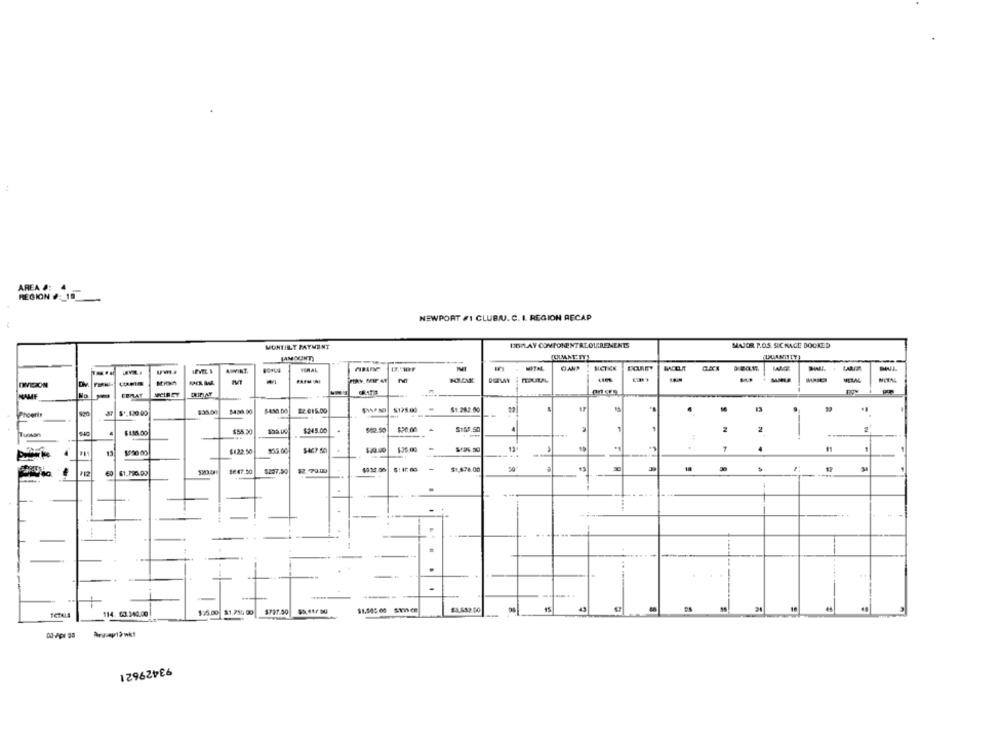
AREA &: 4
REGION #: 10
NEWPORT #1 CLUB/U. C. I. REGION RECAP
MONTILLY PAYMENT
DEPLAY COMPONENTRLOUREMENTS
MAJOR P.O.S. SICMAGE BOOKED
(AMOUNT)
JOUANT IT!
...
AYNI.
SLETKK
MACELAT
DETWY
META
EBMLAT
WIREY
S125.00
$1.282.00
$30.00
2.015.00
$55 50
$245.00
.
$12.50
$199.50
Buson
$122.50
136.00
13
1934.00
$1,678.00
10
112
60
61.790.09
520.0
$647.50
$257.50
$2 70.00
.
4.4
. .
.. +
...
.......
$3,652.00
15
43
48
114. 63.340.00
$$5.00 $1.738 00
$797.00 $5,417 00
93429621